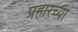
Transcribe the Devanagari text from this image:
प्रहारच्या